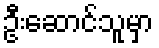
ဦးဆောင်သူမှာ